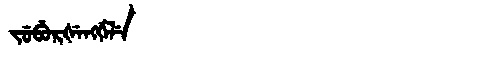
Manchu: ᠵᡠᠪᡠᡵᡧᡝᠩᡤᡝᠯᡝ
Romanization: JUBURŠENGGELE